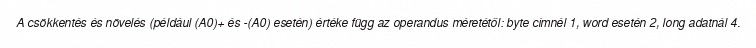
A csökkentés és növelés (például (A0)+ és -(A0) esetén) értéke függ az operandus méretétől: byte címnél 1, word esetén 2, long adatnál 4.